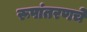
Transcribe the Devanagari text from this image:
रूपांतरणचे